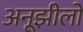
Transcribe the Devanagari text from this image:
अनूझीलों